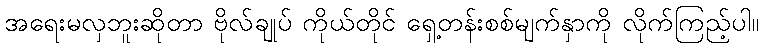
အရေးမလှဘူးဆိုတာ ဗိုလ်ချုပ် ကိုယ်တိုင် ရှေ့တန်းစစ်မျက်နှာကို လိုက်ကြည့်ပါ။